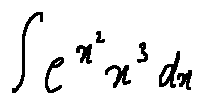
\int e ^ { x ^ { 2 } } x ^ { 3 } d x